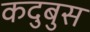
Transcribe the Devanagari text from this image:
कदुबुस